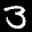
Label: 3